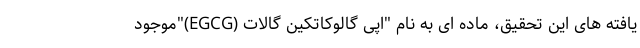
یافته های این تحقیق، ماده ای به نام "اپی گالوکاتکین گالات (EGCG)"موجود